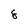
Character: 8